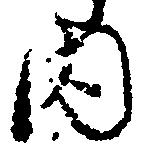
内